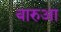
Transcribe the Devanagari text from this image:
बारुआ